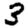
Digit: 3